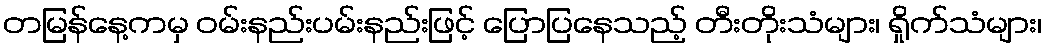
တမြန်နေ့ကမှ ဝမ်းနည်းပမ်းနည်းဖြင့် ပြောပြနေသည့် တီးတိုးသံများ၊ ရှိုက်သံများ၊